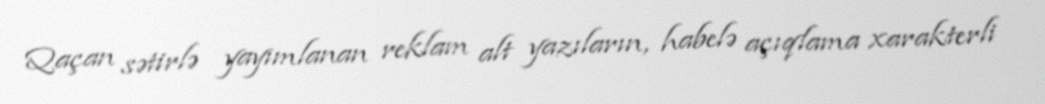
Qaçan sətirlə yayımlanan reklam alt yazıların, habelə açıqlama xarakterli